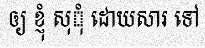
ឲ្យ ខ្ញុំ សុុំ ដោយសារ ទៅ